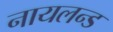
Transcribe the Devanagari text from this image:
नायलन्ड